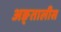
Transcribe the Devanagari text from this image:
अङ्तालीस